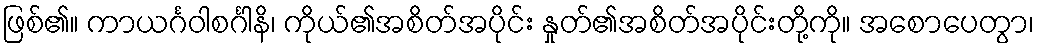
ဖြစ်၏။ ကာယင်္ဂဝါစင်္ဂါနိ၊ ကိုယ်၏အစိတ်အပိုင်း နှုတ်၏အစိတ်အပိုင်းတို့ကို။ အစောပေတွာ၊